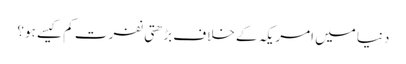
دنیا میں امریکہ کے خلاف بڑھتی نفرت کم کیسے ہو؟